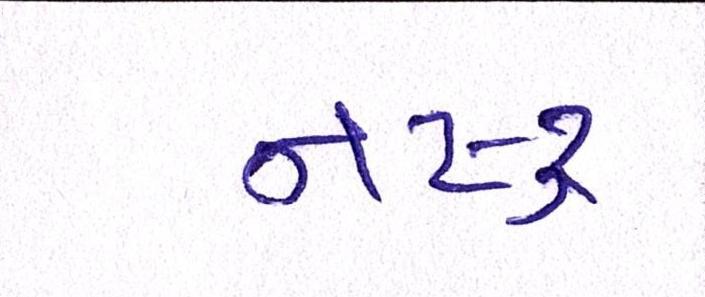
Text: નષ્ટ્ર